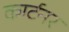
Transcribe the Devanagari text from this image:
कार्टनर